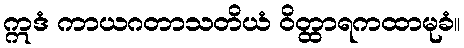
ဣဒံ ကာယဂတာသတိယံ ဝိတ္ထာရကထာမုခံ။